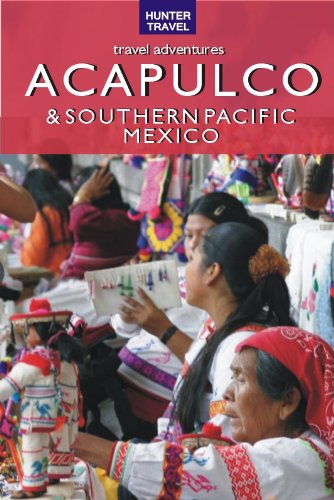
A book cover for Acapulco & Southern Pacific Mexico; Vivien Lougheed; Travel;